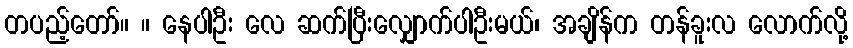
တပည့်တော်။ ။ နေပါဦး လေ ဆက်ပြီးလျှောက်ပါဦးမယ်၊ အချိန်က တန်ခူးလ လောက်လို့